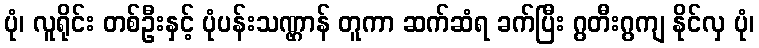
ပုံ၊ လူရိုင်း တစ်ဦးနှင့် ပုံပန်းသဏ္ဌာန် တူကာ ဆက်ဆံရ ခက်ပြီး ဂွတီးဂွကျ နိုင်လှ ပုံ၊